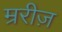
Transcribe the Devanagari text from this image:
म्ररीज़